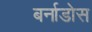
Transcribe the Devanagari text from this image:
बर्नाडोस